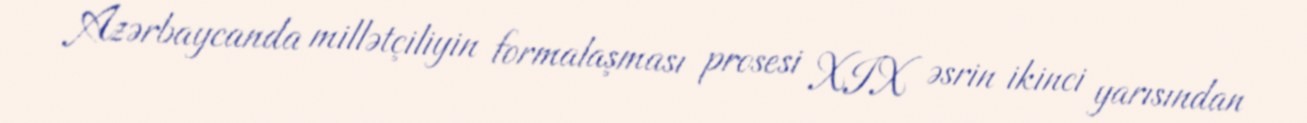
Azərbaycanda millətçiliyin formalaşması prosesi XIX əsrin ikinci yarısından